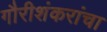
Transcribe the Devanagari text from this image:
गौरीशंकरांचा